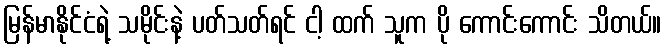
မြန်မာနိုင်ငံရဲ့ သမိုင်းနဲ့ ပတ်သတ်ရင် ငါ့ ထက် သူက ပို ကောင်းကောင်း သိတယ်။